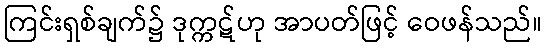
ကြင်းရှစ်ချက်၌ ဒုက္ကဋ်ဟု အာပတ်ဖြင့် ဝေဖန်သည်။